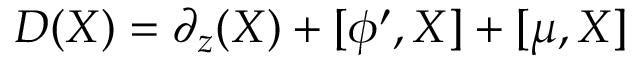
D ( X ) = \partial _ { z } ( X ) + [ \phi ^ { \prime } , X ] + [ \mu , X ] \nonumber